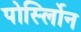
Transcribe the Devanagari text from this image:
पोर्स्लोिन